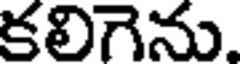
కలిగెను.